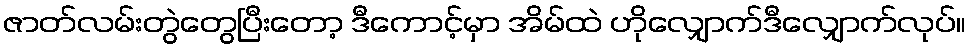
ဇာတ်လမ်းတွဲတွေပြီးတော့ ဒီကောင့်မှာ အိမ်ထဲ ဟိုလျှောက်ဒီလျှောက်လုပ်။